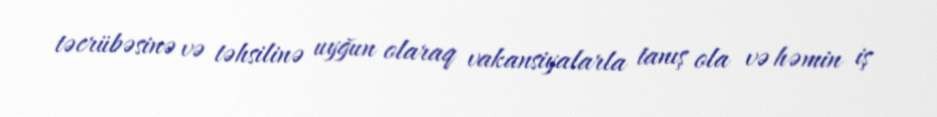
təcrübəsinə və təhsilinə uyğun olaraq vakansiyalarla tanış ola və həmin iş